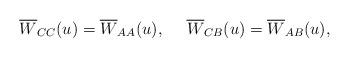
LaTeX: \begin{align*}\overline{W}_{CC}(u)=\overline{W}_{AA}(u),~~~~\overline{W}_{CB}(u)=\overline{W}_{AB}(u),\end{align*}